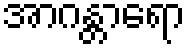
အာဂန္တာရော